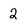
Character: 2